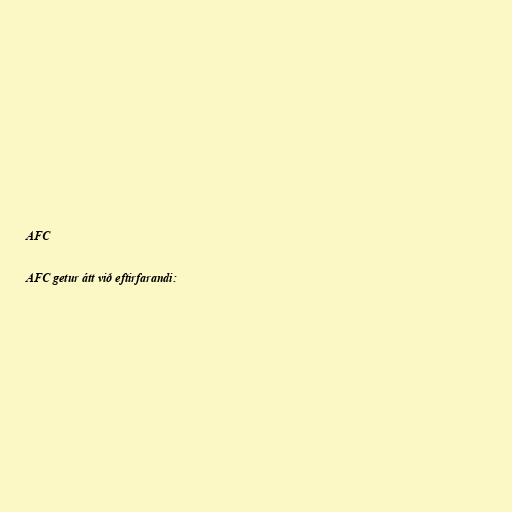
AFC

AFC getur átt við eftirfarandi: